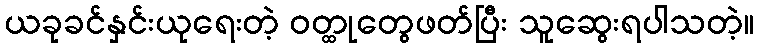
ယခုခင်နှင်းယုရေးတဲ့ ဝတ္ထုတွေဖတ်ပြီး သူဆွေးရပါသတဲ့။